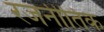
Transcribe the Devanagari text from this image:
रजनीतिक